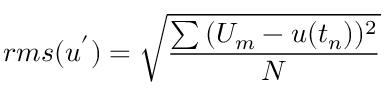
r m s ( u ^ { ' } ) = \sqrt { \frac { \sum { ( U _ { m } - u ( t _ { n } ) ) ^ { 2 } } } { N } }